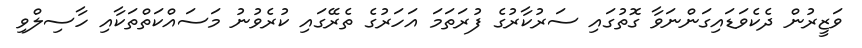
ވަޒީރުން ދެކެވަޑައިގަންނަވާ ގޮތުގައި ސަރުކާރުގެ ފުރަތަމަ އަހަރުގެ ތެރޭގައި ކުރެވުނު މަސައްކަތްތަކާއި ހާސިލްވި